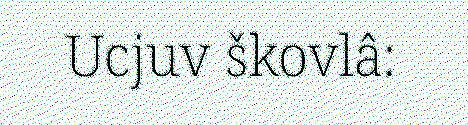
Ucjuv škovlâ: